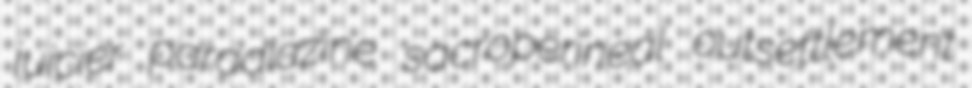
juicier paradiazine sacroperineal outsettlement